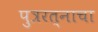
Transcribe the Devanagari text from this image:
पुत्ररत्नाचा